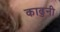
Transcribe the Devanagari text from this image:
काढुनी